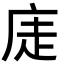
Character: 𢈩